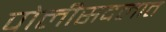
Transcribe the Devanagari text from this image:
पोलीसदलात